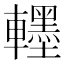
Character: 𮝯